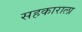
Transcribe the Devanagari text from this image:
सहकाराला